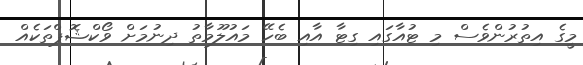
މީގެ އިތުރުންވެސް މި ޓުއާގައި ގިޓާ އާއި ބެހޭ މައުލޫމާތު ދިނުމަށް ވޯކްޝޮޕްތަކެއް